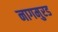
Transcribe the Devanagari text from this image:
नागमुरड